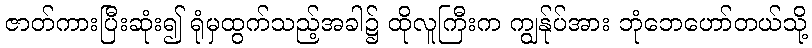
ဇာတ်ကားပြီးဆုံး၍ ရုံမှထွက်သည့်အခါ၌ ထိုလူကြီးက ကျွန်ုပ်အား ဘုံဘေဟော်တယ်သို့